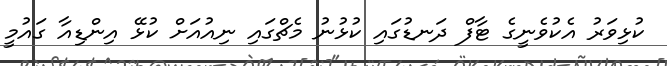
ކުޅިވަރު އެކުވެނީގެ ޓާފް ދަނޑުގައި ކުޅުނު މެޗްގައި ނިއުއަށް ކުޅޭ އިންޑިއާ ގައުމީ